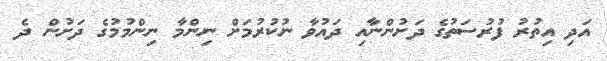
އަދި އިތުރު ފުރުސަތުގެ ދަށުންނާއި ދައުވާ ނުކުރުމަށް ނިންމާ ނިންމުމުގެ ދަށުން ދެ